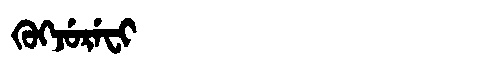
Manchu: ᡴᡠᡴᠵᡠᡵᡝᠸᡳ
Romanization: KUKJUREFI